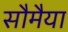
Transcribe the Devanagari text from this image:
सौमैया